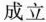
成立